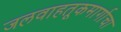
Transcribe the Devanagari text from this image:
जलवाहतूकमार्गाचा